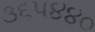
૩૬૫૪૪૦